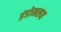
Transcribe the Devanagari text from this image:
इंडोमलय